Civil Veterinary Dept. Bombay admin report 1923-31 - 1923-1931
Year: 1923
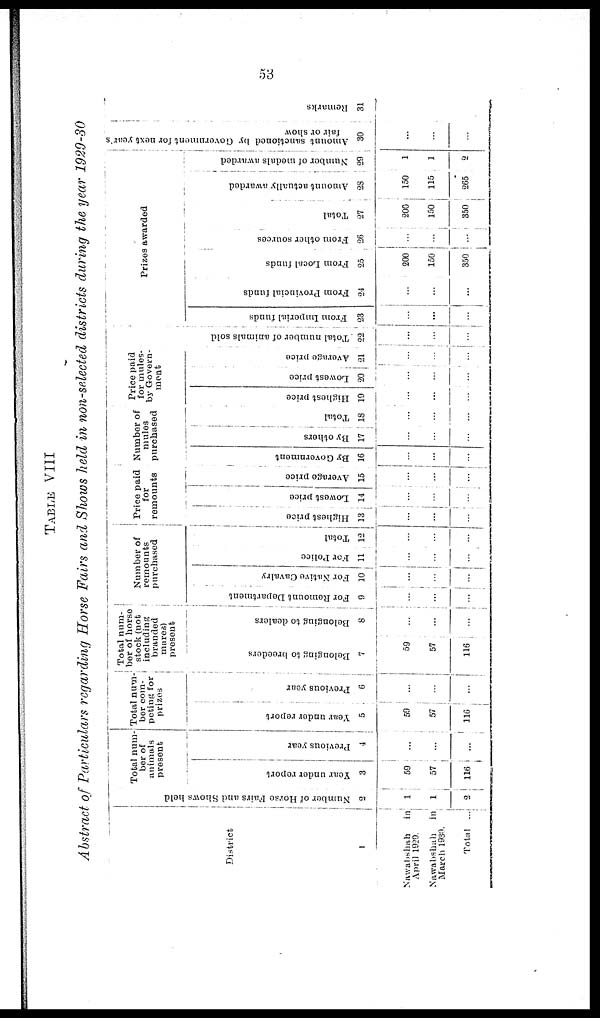
53
TABLE VIII
Abstract of Particulars regarding Horse Fairs and Shows held in non-selected districts during the year 1929-30
District
1
Nawabshah
in
April 1929.
Nawabshah in
March 1930.
Total ...
Number of Horse Pairs and Shows held
2
1
1
2
Total num-
ber of
animals
present
Year under report
3
59
57
116
Previous year
4
...
...
...
Total num-
ber com-
peting for
prizes
Year under report
5
59
57
116
Previous year
6
...
...
...
Total num-
ber of horse
stock (not
including
branded
mares)
present
Belonging to breeders
7
59
57
116
Belonging to dealers
8
...
...
...
Number of
remounts
purchased
For Remount Department
9
...
...
...
For Native Cavalry
10
...
...
...
For Police
11
...
...
...
Total
12
...
...
...
Price paid
for
remounts
Highest price
13
...
...
......
Lowest price
14
...
...
...
Average price
15
...
...
...
Number of
mules
purchased
By Government
16
...
...
...
By others
17
...
...
...
Total
18
...
...
...
Price paid
for mules-
by Govern-
ment
Highest price
19
...
...
...
Lowest price
20
...
...
...
Average price
21
...
...
...
Total number of animals sold
22
...
...
...
...
Prizes awarded
From Imperial funds
23
...
...
...
From Provincial funds
24
...
...
...
From Local funds
25
200
150
350
From other sources
26
...
...
...
Total
27
200
150
350
Amount actually awarded
28
150
115
265
Number of medals awarded
29
1
1
2
Amount sanctioned by Govornment
for next year
fair or show
30
...
...
...
Remarks
31